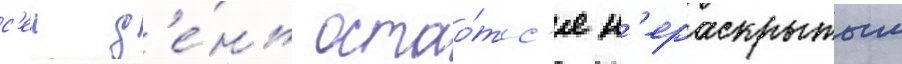
с'еи д'е́нь остао́тс'я н'ераскрытым